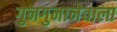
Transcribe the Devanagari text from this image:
गुनगुनानेवाला